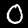
Digit: 0